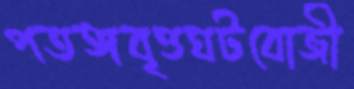
পতঙ্গবৃত্তঘটবোজী